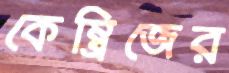
কেম্ব্রিজের